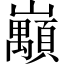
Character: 𡿅